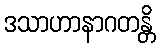
ဒသာဟာနာဂတန္တိ